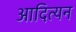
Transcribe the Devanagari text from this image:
आदित्यन